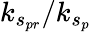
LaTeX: k_{s_{pr}}/k_{s_{p}}